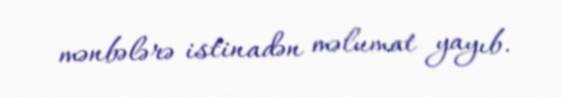
mənbələrə istinadən məlumat yayıb.